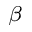
_ \beta